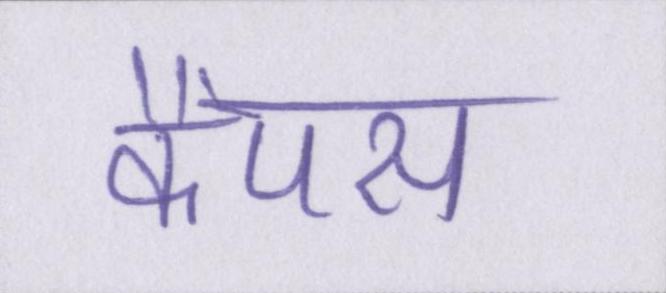
कैंपस